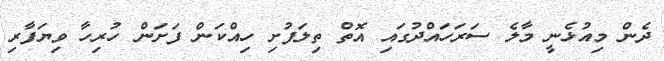
ދެން މިއުޅެނީ މާލެ ސަރަހައްދުގައި އޮތް ތިލަފުށި ހިއްކަން ފަށަން ހުރިހާ ވިޔަފާރި